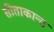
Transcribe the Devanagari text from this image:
सीताकान्त